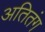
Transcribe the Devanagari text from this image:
अतितंग